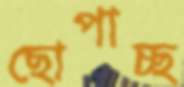
ছোপাচ্ছ